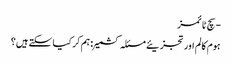
- سچ ٹائمز
ہوم کالم اور تجزیئے مسئلہ کشمیر : ہم کر کیا سکتے ہیں؟